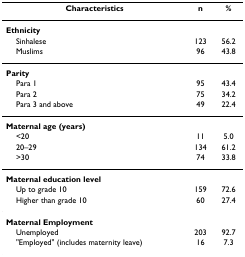
| Characteristics | n | % |
 | --- | --- | --- |
 | Ethnicity |  |  |
 | Sinhalese | 123 | 56.2 |
 | Muslims | 96 | 43.8 |
 | Parity |  |  |
 | Para 1 | 95 | 43.4 |
 | Para 2 | 75 | 34.2 |
 | Para 3 and above | 49 | 22.4 |
 | Maternal age (years) |  |  |
 | <20 | 11 | 5.0 |
 | 20–29 | 134 | 61.2 |
 | >30 | 74 | 33.8 |
 | Maternal education level |  |  |
 | Up to grade 10 | 159 | 72.6 |
 | Higher than grade 10 | 60 | 27.4 |
 | Maternal Employment |  |  |
 | Unemployed | 203 | 92.7 |
 | "Employed" (includes maternity leave) | 16 | 7.3 |